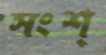
সংশ্